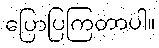
ပြောပြကြတာပါ။